system: You are a helpful assistant.
user:
Analyze the provided spectrum to determine if it is a **S-type Star**.

- **Key Indicators for S-type Star:**

    - **(Overall Spectrum Shape):** The first and most obvious characteristic is the overall continuum (the "baseline" shape). It is **extremely "red-sloping,"** meaning the flux (light intensity) is very low on the left side (blue, ~4000-4500 Å) and rises steeply and continuously toward the right side (red, ~7000 Å+).

    - **(Primary):** The spectrum is defined by the presence of strong, broad molecular absorption "valleys" (bands) from **Zirconium Oxide (ZrO)**. The identification of these bands is the **primary requirement** for classifying a star as S-type.
        - **(Key Bandheads):** You must find distinct, deep "dips" where the light has been absorbed. The most critical band systems to locate are:
            - **~6474 Å** ($\gamma$-system): This is often the strongest and clearest ZrO feature, found in the red part of the spectrum.
            - **~5718 Å** & **~5551 Å** ($\beta$-system): A pair of prominent absorption features in the yellow-orange part of the spectrum.
            - **~4640 Å** ($\alpha$-system): A key absorption band system in the blue-green region of the spectrum.

    - **(Secondary Confirmation):** The classification is strengthened by finding additional absorption bands from other related heavy element oxides, which are expected to be present alongside ZrO.
        - **(Key Bandheads):**
            - **Yttrium Oxide (YO):** Look for absorption dips near **~4800 Å** and **~6100 Å**.
            - **Lanthanum Oxide (LaO):** Additional absorption features, particularly in the red-orange part of the spectrum, are also characteristic.

    - **(Line Profile):** The combination of the steep red continuum and these numerous, deep molecular bands (ZrO, YO, etc.) gives the entire spectrum a very **"chopped-up"** or **"bumpy"** appearance. Instead of a smooth curve, the spectrum looks as though large, wide chunks of light have been "carved out" of it at the specific wavelengths listed above.

Think first, call **spectral_visualization_tool** if needed to examine features in detail, then provide your final answer. Your response must adhere to the following strict rules:
1.  **Overall Structure:** Your response must follow the format `<think>...</think> <tool_call>...</tool_call> (if a tool is used) <answer>...</answer>`.
2.  **Tool Usage Constraint:** You may only make **one** tool call per turn.
3.  **Final Answer Format:** In the `<answer>` tag, your conclusion must be inside a `\boxed{}` command (e.g., `\boxed{YES}` or `\boxed{NO}`), followed by your justification.

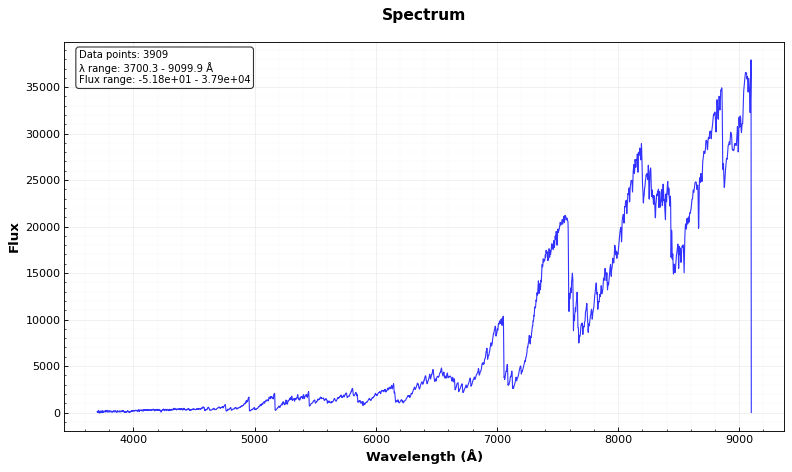
Answer: YES